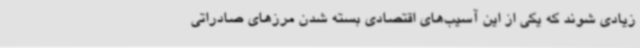
زیادی شوند که یکی از این آسیب‌های اقتصادی بسته شدن مرزهای صادراتی